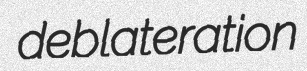
deblateration